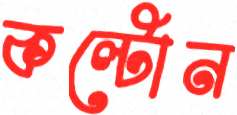
কল্টোন